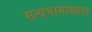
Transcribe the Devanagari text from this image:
सत्यभामाख्यान